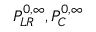
P _ { L R } ^ { 0 , \infty } , P _ { C } ^ { 0 , \infty }